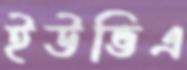
ইউভিএ